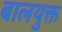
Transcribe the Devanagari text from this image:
बालयुक्त